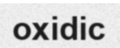
oxidic